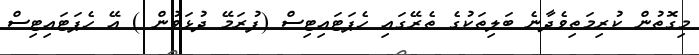
މިގޮތުން ކުރިމަތިވެދާނެ ބަލިތަކުގެ ތެރޭގައި ހެޕަޓައިޓިސް (ފުރަމޭ ދުޅަވުން ) އޭ ހެޕަޓައިޓިސް